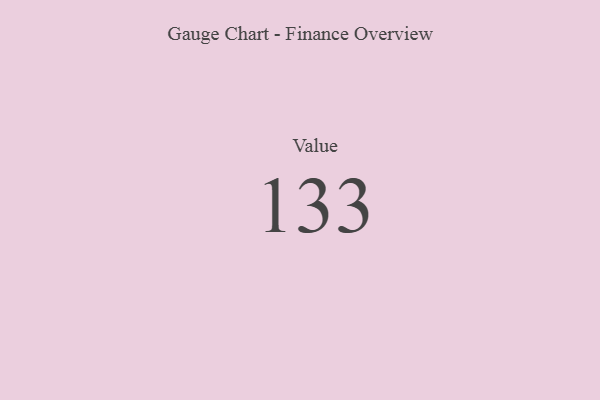
{"axis": {"x": "Metric", "y": "Value"}, "legend": [""], "data": [{"x": "Value", "y": 133, "type": ""}]}